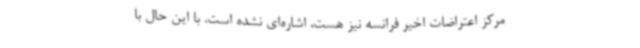
مرکز اعتراضات اخیر فرانسه نیز هست، اشاره‌ای نشده است. با این حال با